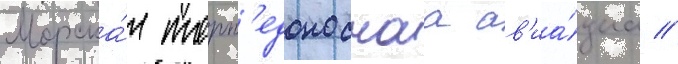
Морска́я торп'едоноснаа ав'иа́циа //